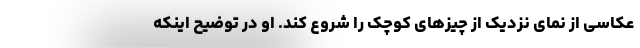
عکاسی از نمای نزدیک از چیز‌های کوچک را شروع کند. او در توضیح اینکه